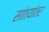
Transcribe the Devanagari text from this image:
सांतयांतर